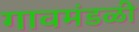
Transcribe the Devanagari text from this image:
गावमंडळी